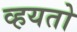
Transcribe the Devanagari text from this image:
व्हयतो